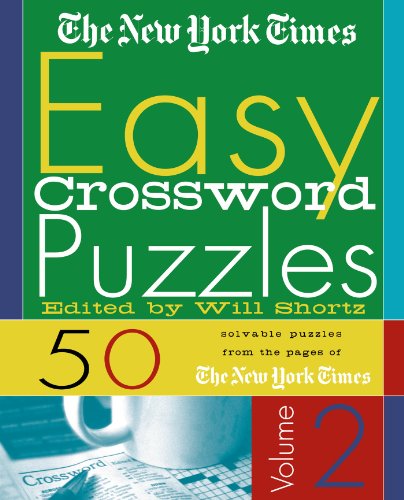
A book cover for The New York Times Easy Crossword Puzzles, Volume 2: 50 Solvable Puzzles from the Pages of The New York Times; The New York Times; Humor & Entertainment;